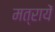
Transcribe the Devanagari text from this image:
मत्रायें